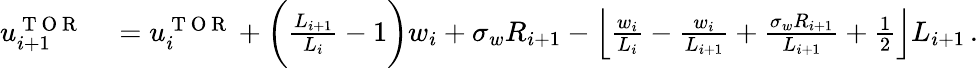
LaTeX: \begin{array}{rl}{u_{i+1}^{\mathrm{~T~O~R~}}}&{{}=u_{i}^{\mathrm{~T~O~R~}}+\bigg(\frac{L_{i+1}}{L_{i}}-1\bigg)w_{i}+\sigma_{w}R_{i+1}-\left\lfloor\frac{w_{i}}{L_{i}}-\frac{w_{i}}{L_{i+1}}+\frac{\sigma_{w}R_{i+1}}{L_{i+1}}+\frac{1}{2}\right\rfloor L_{i+1}\, .}\end{array}